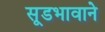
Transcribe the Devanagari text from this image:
सूडभावाने